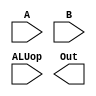
module ALU(
    input [31:0] A,B,
    input [3:0] ALUop,
    output [31:0] Out
);

// Your code goes here

endmodule